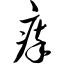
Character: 瘁